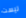
ليست